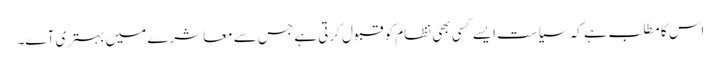
اس کا مطلب ہے کہ سیاست ایسے کسی بھی نظام کو قبول کرتی ہے جس سے معاشرے میں بہتری آے۔